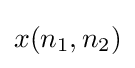
x(n_{1},n_{2})